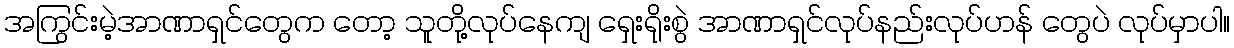
အကြွင်းမဲ့အာဏာရှင်တွေက တော့ သူတို့လုပ်နေကျ ရှေးရိုးစွဲ အာဏာရှင်လုပ်နည်းလုပ်ဟန် တွေပဲ လုပ်မှာပါ။